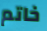
خاتم